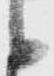
候